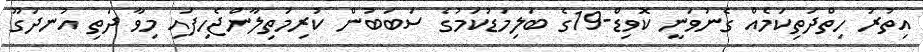
އިތުރު ހިތްދަތިކަމެއް ގެނުވަނީ ކޮވިޑް-19ގެ ބަލިމަޑުކަމުގެ ސަބަބުން ކުރިމަތިލާންޖެހިފައި މިވާ ދަތި އުނދަގޫ